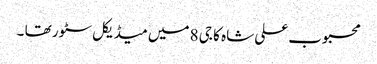
محبوب علی شاہ کا جی 8 میں میڈیکل سٹور تھا ۔